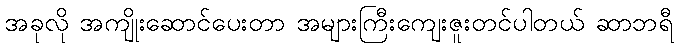
အခုလို အကျိုးဆောင်ပေးတာ အများကြီးကျေးဇူးတင်ပါတယ် ဆာဘရီ